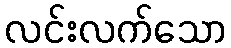
လင်းလက်သော